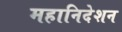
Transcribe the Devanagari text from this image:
महानिदेशन